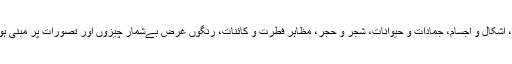
یہ علامات، اشکال و اجسام، جمادات و حیوانات، شجر و حجر، مظاہرِ فطرت و کائنات، رنگوں غرض بےشمار چیزوں اور تصورات پر مبنی ہوسکتی ہیں۔